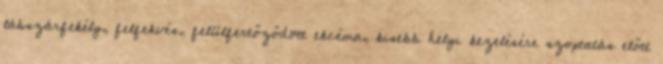
lábszárfekély, felfekvés, felülfertőződött ekcéma, kisebb helyi kezelésére szoptatás előtt